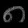
Digit: ၈